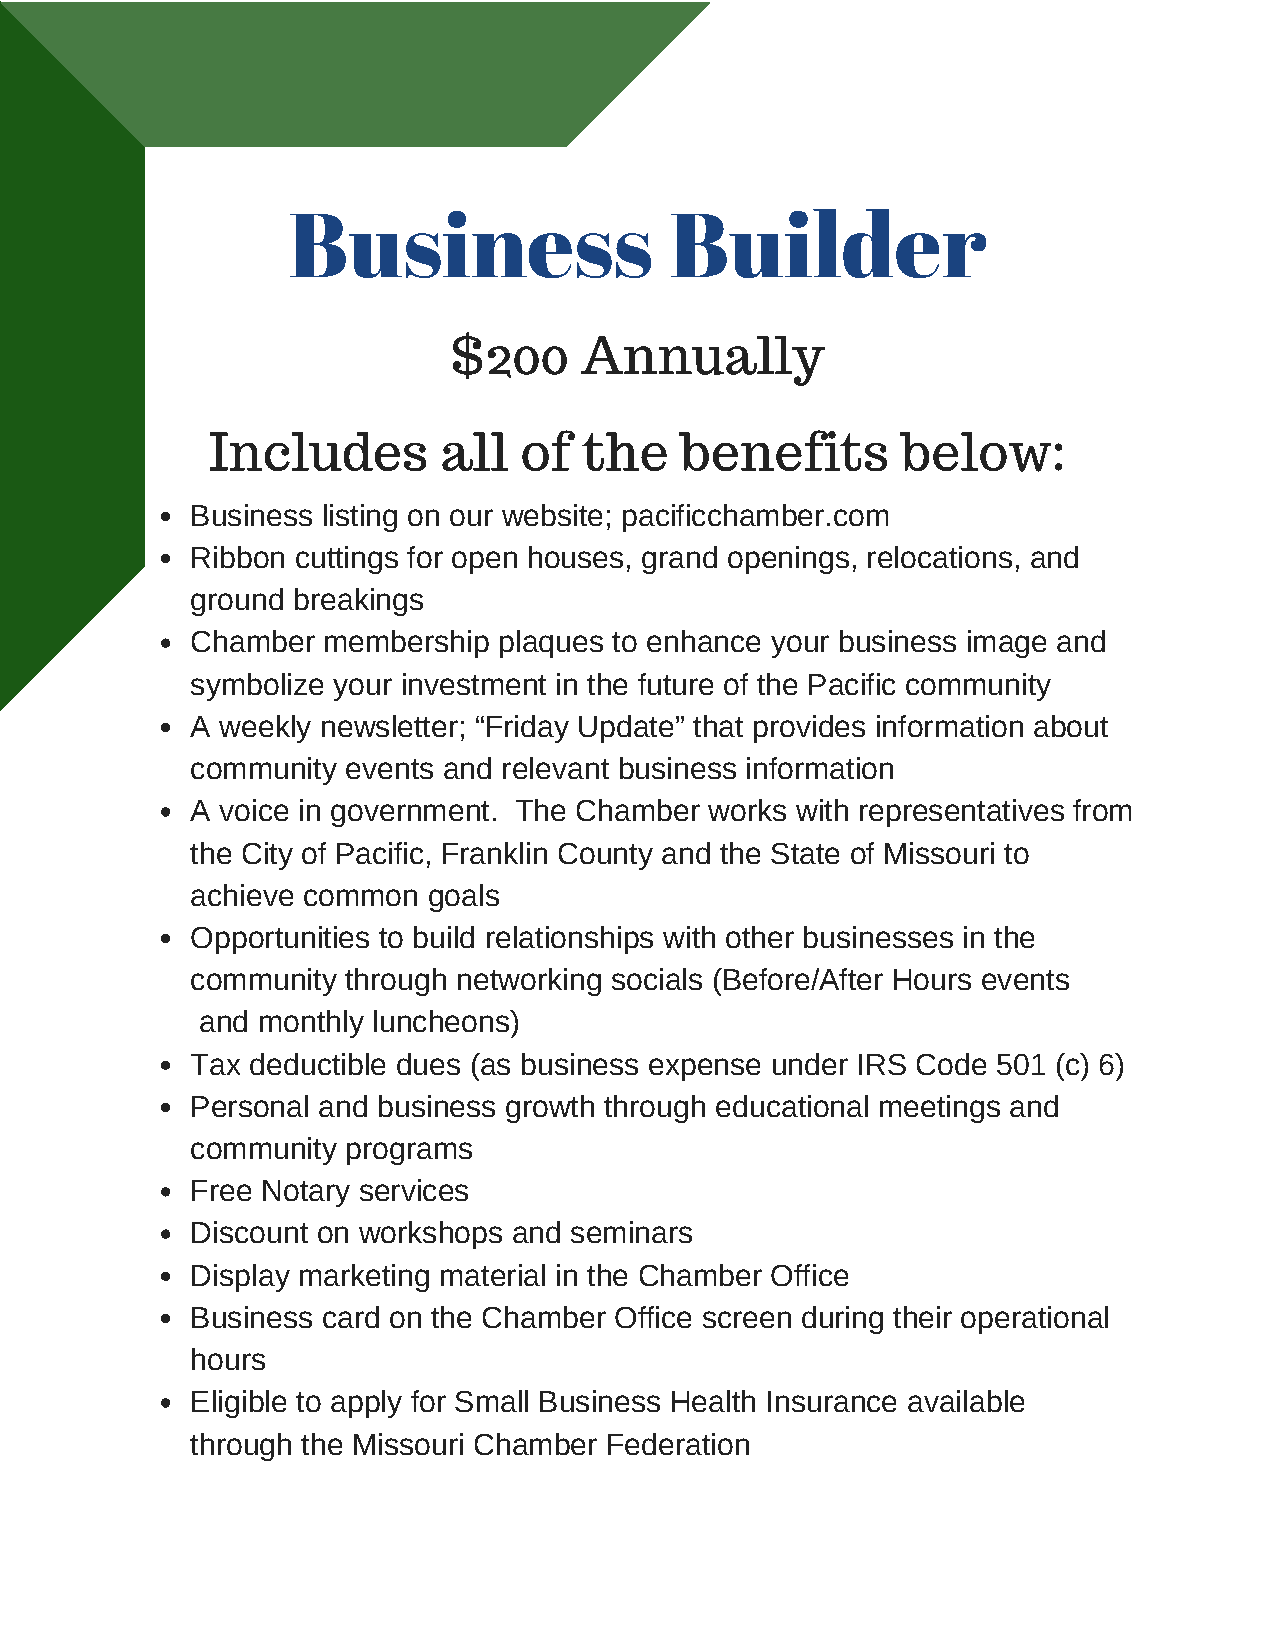
Business                 Builder
 $200    Annually
 Includes       all  of   the   benefits       below:
 Business listing on our website; pacificchamber.com
 Ribbon cuttings for open houses, grand openings, relocations, and
 ground breakings
 Chamber membership  plaques to enhance your business image and
 symbolize your investment in the future of the Pacific community
 A weekly newsletter; “Friday Update” that provides information about
 community events and relevant business information
 A voice in government. The Chamber works with representatives from
 the City of Pacific, Franklin County and the State of Missouri to
 achieve common goals
 Opportunities to build relationships with other businesses in the
 community through networking socials (Before/After Hours events
 and monthly luncheons)
 Tax deductible dues (as business expense under IRS Code 501 (c) 6)
 Personal and business growth through educational meetings and
 community programs
 Free Notary services
 Discount on workshops and seminars
 Display marketing material in the Chamber Office
 Business card on the Chamber Office screen during their operational
 hours
 Eligible to apply for Small Business Health Insurance available
 through the Missouri Chamber Federation